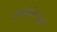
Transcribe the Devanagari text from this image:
ट्राइकोरिस्ट्यूरा